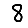
Digit: 8